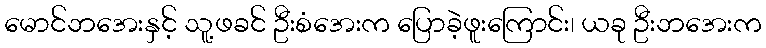
မောင်ဘအေးနှင့် သူ့ဖခင် ဦးစံအေးက ပြောခဲ့ဖူးကြောင်း၊ ယခု ဦးဘအေးက